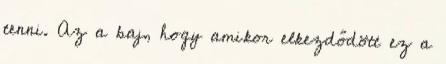
tenni. Az a baj, hogy amikor elkezdődött ez a